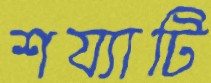
শয্যাটি